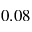
0 . 0 8